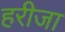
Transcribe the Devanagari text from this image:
हरीजा